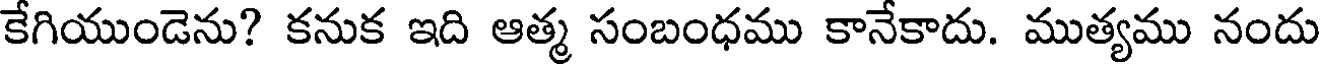
కేగియుండెను? కనుక ఇది ఆత్మ సంబంధము కానేకాదు. ముత్యము నందు